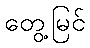
တွေ့မြင်